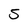
Character: 5